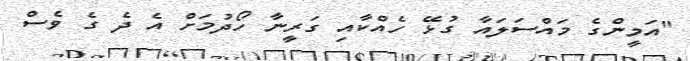
"އަމީންގެ މައްސަލައާ ގުޅޭ ހެއްކާއި ގަރީނާ ހޯދުމަށް އެ ދެ ގެ ވެސް